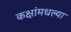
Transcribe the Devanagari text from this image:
कक्षांमधल्या